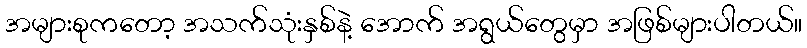
အများစုကတော့ အသက်သုံးနှစ်နဲ့ အောက် အရွယ်တွေမှာ အဖြစ်များပါတယ်။